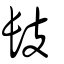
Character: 𨱜